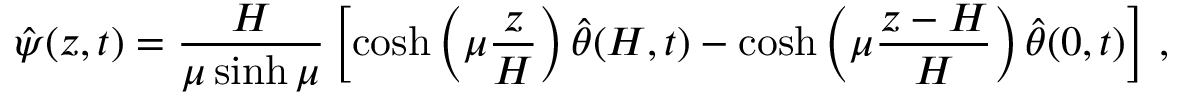
\hat { \psi } ( z , t ) = \frac { H } { \mu \sinh \mu } \left[ \cosh \left( \mu \frac { z } { H } \right) \hat { \theta } ( H , t ) - \cosh \left( \mu \frac { z - H } { H } \right) \hat { \theta } ( 0 , t ) \right] \, ,